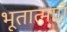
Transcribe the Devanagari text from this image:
भूतात्माएँ